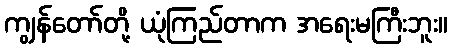
ကျွန်တော်တို့ ယုံကြည်တာက အရေးမကြီးဘူး။